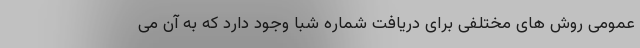
عمومی روش های مختلفی برای دریافت شماره شبا وجود دارد که به آن می